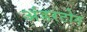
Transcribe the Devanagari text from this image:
अंडरटोन